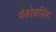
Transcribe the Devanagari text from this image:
थेकोकलिंग